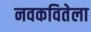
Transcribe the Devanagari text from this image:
नवकवितेला